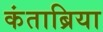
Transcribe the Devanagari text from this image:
कंताब्रिया